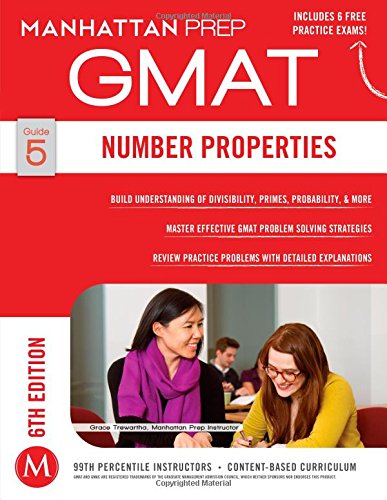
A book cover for GMAT Number Properties (Manhattan Prep GMAT Strategy Guides); Manhattan Prep; Test Preparation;